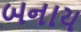
બનાય